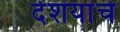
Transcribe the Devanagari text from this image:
देशयांचे